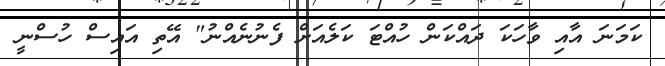
ކަމަނަ އާއި ވާހަކަ ދައްކަން ހުއްޓަ ކަލެއަށް ފެނުނެއްނު" އޭތި އައިސް ހުސްނީ